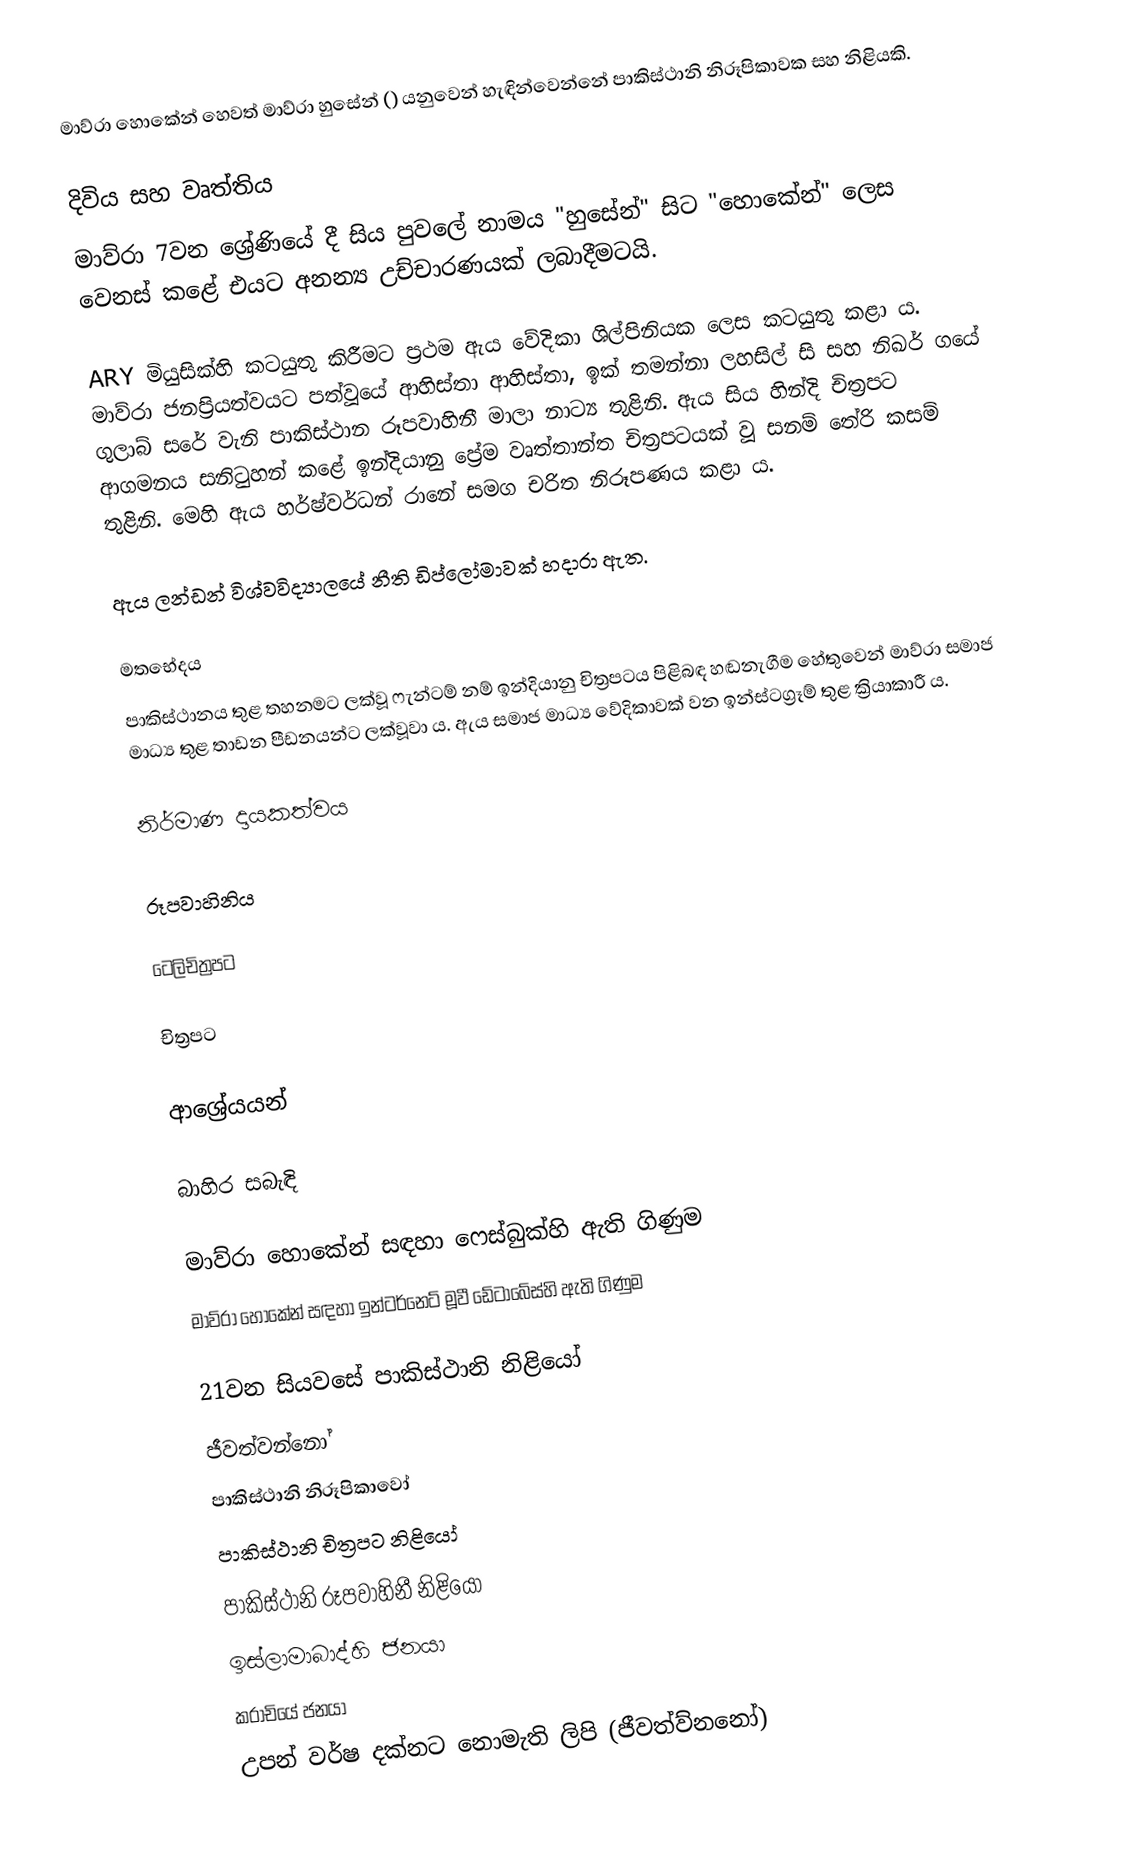
මාව්රා හොකේන් හෙවත් මාව්රා හුසේන් () යනුවෙන් හැඳින්වෙන්නේ පාකිස්ථානි නිරූපිකාවක සහ නිළියකි.

දිවිය සහ වෘත්තිය
මාව්රා 7වන ශ්‍රේණියේ දී සිය පුවලේ නාමය "හුසේන්" සිට "හොකේන්" ලෙස වෙනස් කළේ එයට අනන්‍ය උච්චාරණයක් ලබාදීමටයි.

ARY මියුසික්හි කටයුතු කිරීමට ප්‍රථම ඇය වේදිකා ශිල්පිනියක ලෙස කටයුතු කළා ය. මාව්රා ජනප්‍රියත්වයට පත්වූයේ ආහිස්තා ආහිස්තා, ඉක් තමන්නා ලහසිල් සි සහ නිඛර් ගයේ ගුලාබ් සරේ වැනි පාකිස්ථාන රූපවාහිනී මාලා නාට්‍ය තුළිනි. ඇය සිය හින්දි චිත්‍රපට ආගමනය සනිටුහන් කළේ ඉන්දියානු ප්‍රේම වෘත්තාන්ත චිත්‍රපටයක් වූ සනම් තේරි කසම් තුළිනි. මෙහි ඇය හර්ෂ්වර්ධන් රානේ සමග චරිත නිරූපණය කළා ය.

ඇය ලන්ඩන් විශ්වවිද්‍යාලයේ නීති ඩිප්ලෝමාවක් හදාරා ඇත.

මතභේදය
පාකිස්ථානය තුළ තහනමට ලක්වූ ෆැන්ටම් නම් ඉන්දියානු චිත්‍රපටය පිළිබඳ හඬනැගීම හේතුවෙන් මාව්රා සමාජ මාධ්‍ය තුළ තාඩන පීඩනයන්ට ලක්වූවා ය. ඇය සමාජ මාධ්‍ය වේදිකාවක් වන ඉන්ස්ටග්‍රෑම් තුළ ක්‍රියාකාරී ය.

නිර්මාණ දායකත්වය

රූපවාහිනිය

ටෙලිචිත්‍රපට

චිත්‍රපට

ආශ්‍රේයයන්

බාහිර සබැඳි

මාව්රා හොකේන් සඳහා ෆෙස්බුක්හි ඇති ගිණුම
මාව්රා හොකේන් සඳහා ඉන්ටර්නෙට් මූවී ඩේටාබේස්හි ඇති ගිණුම

21වන සියවසේ පාකිස්ථානි නිළියෝ
ජීවත්වන්නෝ
පාකිස්ථානි නිරූපිකාවෝ
පාකිස්ථානි චිත්‍රපට නිළියෝ
පාකිස්ථානි රූපවාහිනී නිළියෝ
ඉස්ලාමාබාද්හි ජනයා
කරාචියේ ජනයා
උපන් වර්ෂ දක්නට නොමැති ලිපි (ජීවත්ව්නනෝ)